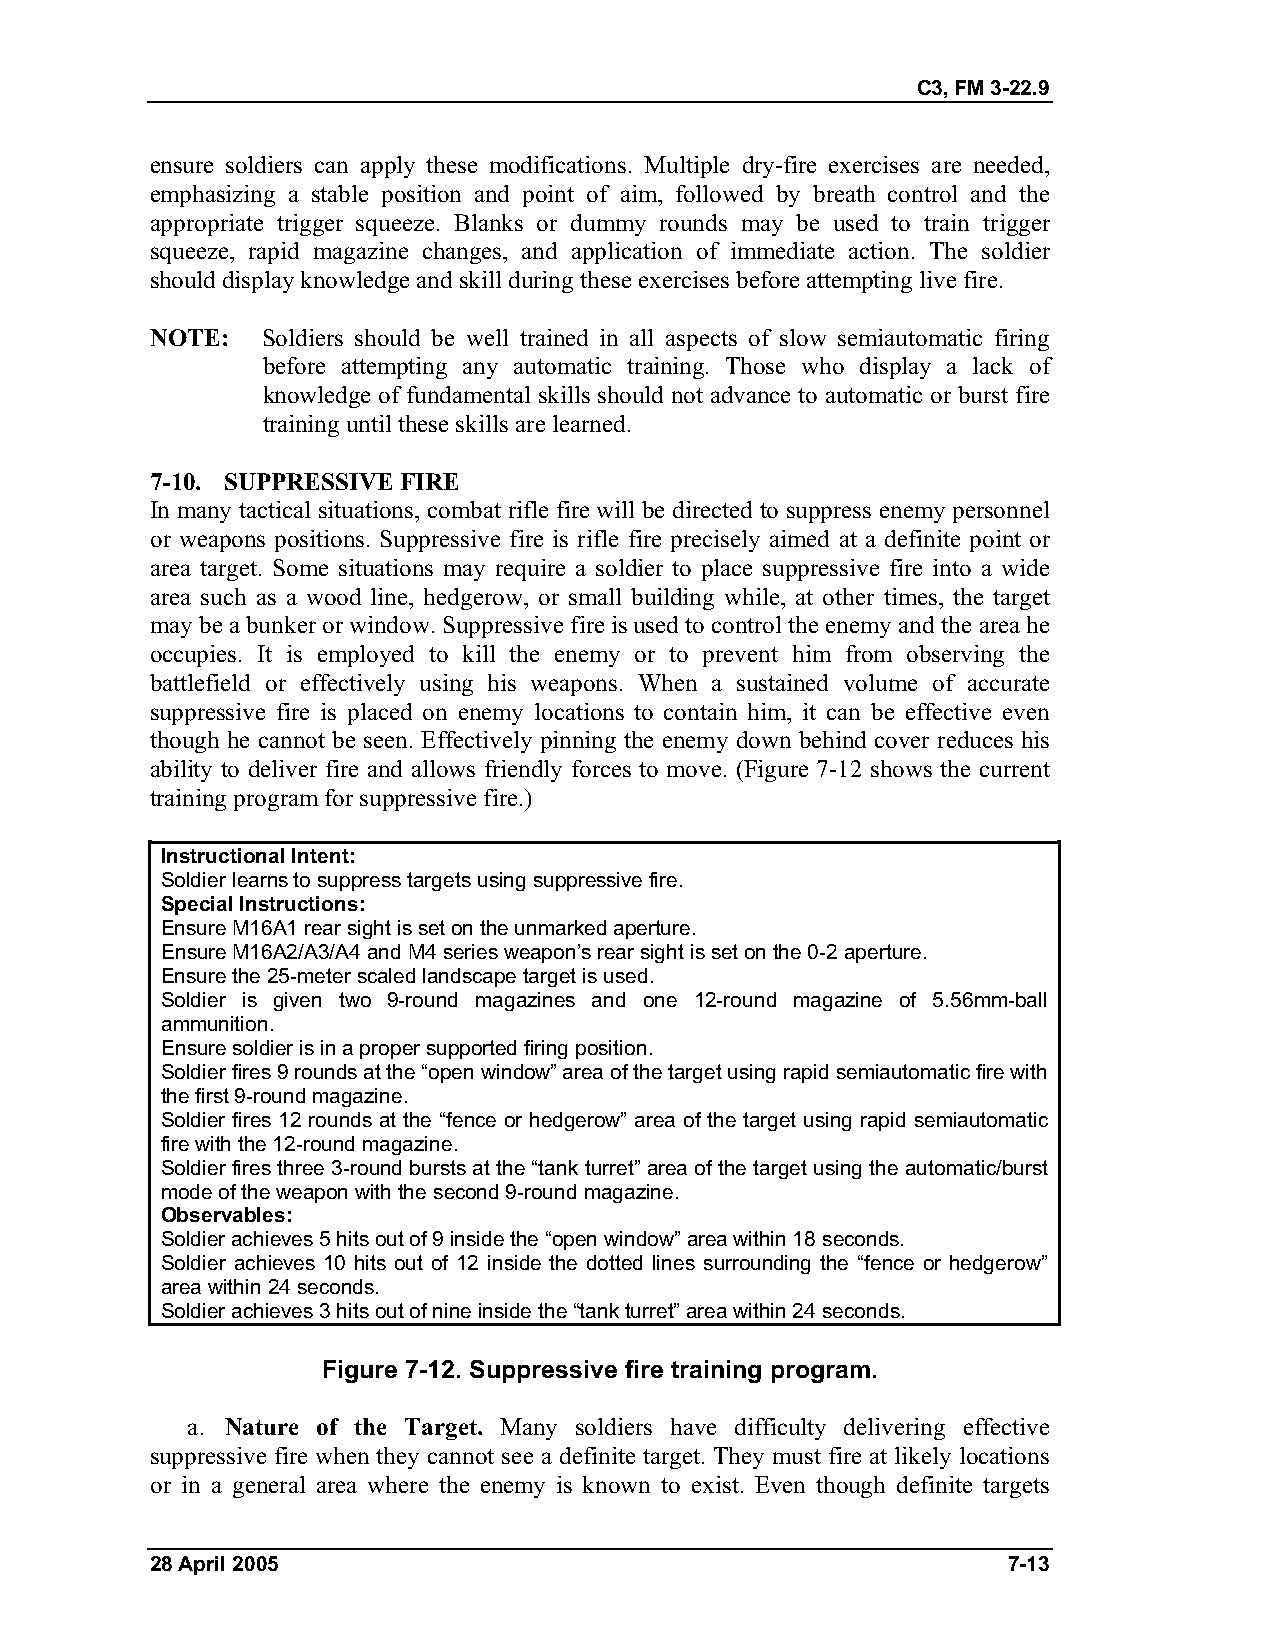
C3, FM 3-22.9
 ensure soldiers can apply these modifications. Multiple dry-fire exercises are needed,
 emphasizing a stable position and point of aim, followed by breath control and the
 appropriate trigger squeeze. Blanks or dummy rounds may be used to train trigger
 squeeze, rapid magazine changes, and application of immediate action. The soldier
 should display knowledge and skill during these exercises before attempting live fire.
 NOTE:  Soldiers should be well trained in all aspects of slow semiautomatic firing
 before attempting any automatic training. Those who display a lack of
 knowledge of fundamental skills should not advance to automatic or burst fire
 training until these skills are learned.
 7-10. SUPPRESSIVE FIRE
 In many tactical situations, combat rifle fire will be directed to suppress enemy personnel
 or weapons positions. Suppressive fire is rifle fire precisely aimed at a definite point or
 area target. Some situations may require a soldier to place suppressive fire into a wide
 area such as a wood line, hedgerow, or small building while, at other times, the target
 may be a bunker or window. Suppressive fire is used to control the enemy and the area he
 occupies. It is employed to kill the enemy or to prevent him from observing the
 battlefield or effectively using his weapons. When a sustained volume of accurate
 suppressive fire is placed on enemy locations to contain him, it can be effective even
 though he cannot be seen. Effectively pinning the enemy down behind cover reduces his
 ability to deliver fire and allows friendly forces to move. (Figure 7-12 shows the current
 training program for suppressive fire.)
 Instructional Intent:
 Soldier learns to suppress targets using suppressive fire.
 Special Instructions:
 Ensure M16A1 rear sight is set on the unmarked aperture.
 Ensure M16A2/A3/A4 and M4 series weapon’s rear sight is set on the 0-2 aperture.
 Ensure the 25-meter scaled landscape target is used.
 Soldier is given two 9-round magazines and one 12-round magazine of 5.56mm-ball
 ammunition.
 Ensure soldier is in a proper supported firing position.
 Soldier fires 9 rounds at the “open window” area of the target using rapid semiautomatic fire with
 the first 9-round magazine.
 Soldier fires 12 rounds at the “fence or hedgerow” area of the target using rapid semiautomatic
 fire with the 12-round magazine.
 Soldier fires three 3-round bursts at the “tank turret” area of the target using the automatic/burst
 mode of the weapon with the second 9-round magazine.
 Observables:
 Soldier achieves 5 hits out of 9 inside the “open window” area within 18 seconds.
 Soldier achieves 10 hits out of 12 inside the dotted lines surrounding the “fence or hedgerow”
 area within 24 seconds.
 Soldier achieves 3 hits out of nine inside the “tank turret” area within 24 seconds.
 Figure 7-12. Suppressive fire training program.
 a. Nature of the Target. Many soldiers have difficulty delivering effective
 suppressive fire when they cannot see a definite target. They must fire at likely locations
 or in a general area where the enemy is known to exist. Even though definite targets
 28 April 2005                                            7-13